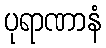
ပုရာဏာနံ